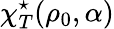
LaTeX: \chi_{T}^{\star}(\rho_{0},\alpha)